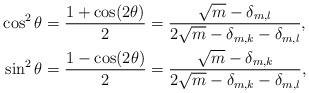
LaTeX: \begin{align*}\cos^2 \theta & =\frac{1+\cos(2 \theta)}{2}= \frac{\sqrt{m} - \delta_{m,l} }{2 \sqrt{m} - \delta_{m,k} - \delta_{m,l}},\\\sin^2 \theta & =\frac{1-\cos(2 \theta)}{2}= \frac{\sqrt{m} - \delta_{m,k} }{2 \sqrt{m} - \delta_{m,k} - \delta_{m,l}},\end{align*}